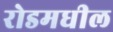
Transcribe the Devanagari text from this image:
रोडमधील